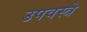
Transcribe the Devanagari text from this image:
उपवस्त्रे